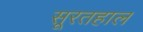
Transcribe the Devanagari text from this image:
सूरतहाल